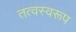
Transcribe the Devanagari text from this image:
तत्वस्वरूप